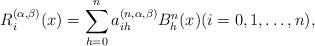
LaTeX: \begin{align*}R_{i}^{(\alpha,\beta)}(x) = \sum_{h=0}^{n}a_{ih}^{(n,\alpha,\beta)}B_{h}^{n}(x) (i=0,1,\ldots,n),\end{align*}